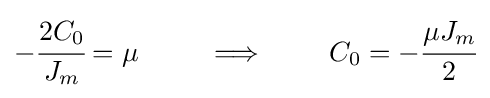
-{\cfrac {2C_{0}}{J_{m}}}=\mu \,\qquad \implies \qquad C_{0}=-{\cfrac {\mu J_{m}}{2}}